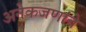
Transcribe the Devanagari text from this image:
अनेकजणांचे